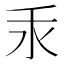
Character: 𱥮